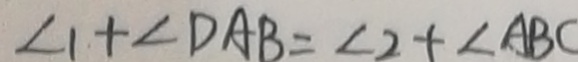
\angle 1 + \angle D A B = \angle 2 + \angle A B C